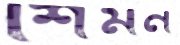
শিমন